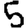
Digit: 5